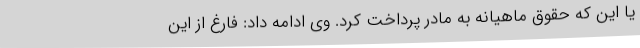
یا این که حقوق ماهیانه به مادر پرداخت کرد. وی ادامه داد: فارغ از این